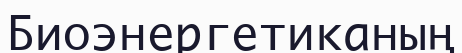
Биоэнергетиканың